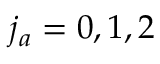
{ j _ { a } } = 0 , 1 , 2